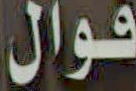
قوال